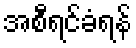
အစီရင်ခံရန်